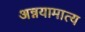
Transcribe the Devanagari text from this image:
अन्नयामात्य